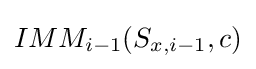
IMM_{i-1}(S_{x,{i-1}},c)